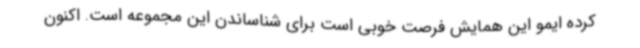
کرده ایمو این همایش فرصت خوبی است برای شناساندن این مجموعه است. اکنون